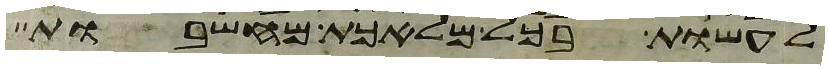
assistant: לעשות בכל מלאכת מחשבות